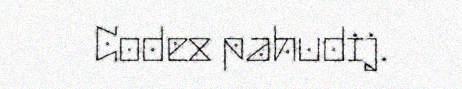
Codex pahudij.